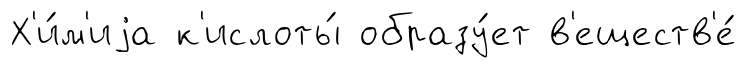
Х'и́м'иjа к'ислоты́ образу́ет в'еществ'е́